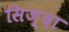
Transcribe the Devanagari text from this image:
सिज़्दा